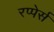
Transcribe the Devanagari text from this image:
रप्पेर्स